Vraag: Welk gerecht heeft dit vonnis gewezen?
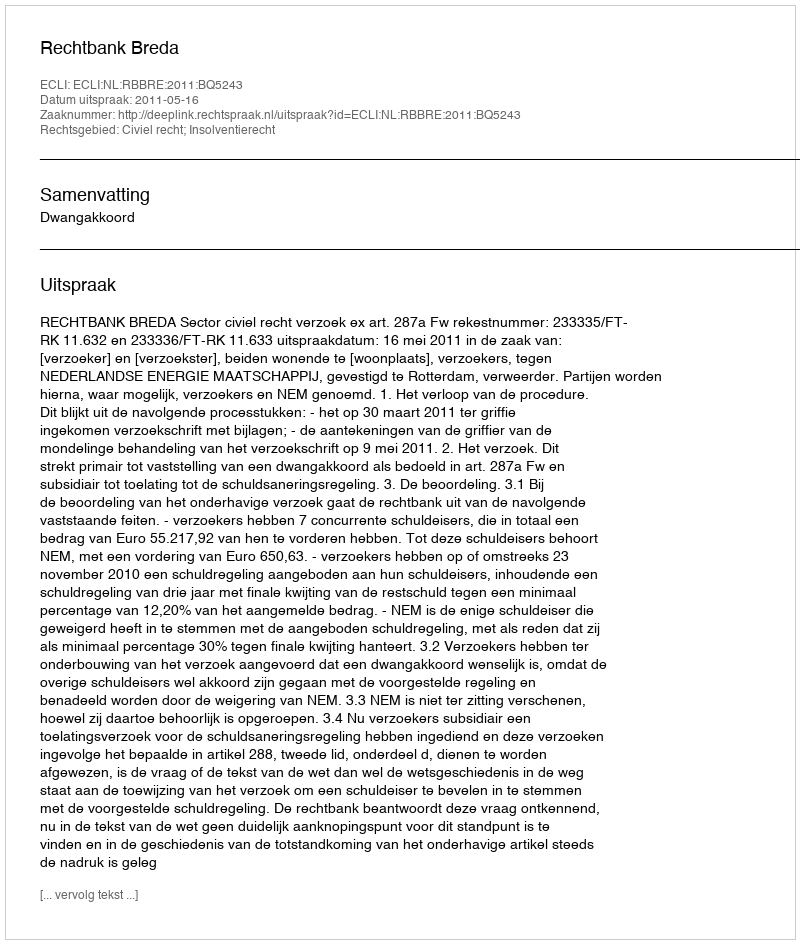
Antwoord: Rechtbank Breda